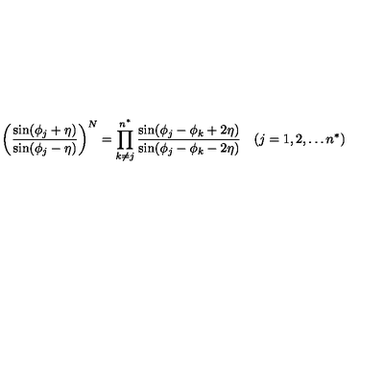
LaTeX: \biggl ( \frac { \sin ( \phi _ { j } + \eta ) } { \sin ( \phi _ { j } - \eta ) } \biggr ) ^ { N } = \prod _ { k \ne j } ^ { n ^ { \ast } } \frac { \sin ( \phi _ { j } - \phi _ { k } + 2 \eta ) } { \sin ( \phi _ { j } - \phi _ { k } - 2 \eta ) } \quad ( j = 1 , 2 , \ldots n ^ { \ast } )